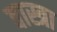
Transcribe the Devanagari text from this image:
वास्त्रा